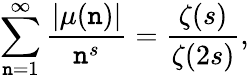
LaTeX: \sum_{\mathtt{n}=1}^{\infty}{\frac{{|\mu(\mathtt{n})|}}{{\mathtt{n}^{s}}}}={\frac{{\zeta(s)}}{{\zeta(2s)}}},